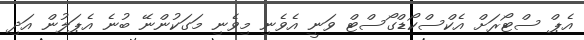
އެޕް ސްޓޯރަށް އެކްސްކޯޑްގޯސްޓް ވަނީ އެވެނި މިވެނި މަގަކުންނޭ ބުނެ އެޕަލުން އަދި